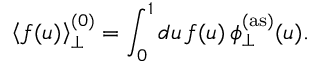
\left< f ( u ) \right> _ { \perp } ^ { ( 0 ) } = \int _ { 0 } ^ { 1 } d u \, f ( u ) \, \phi _ { \perp } ^ { ( \mathrm { a s } ) } ( u ) .